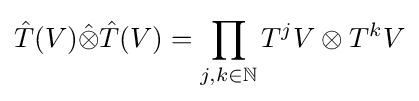
{\hat {T}}(V){\hat {\otimes }}{\hat {T}}(V)=\prod _{j,k\in \mathbb {N} }T^{j}V\otimes T^{k}V